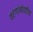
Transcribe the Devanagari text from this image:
तरंगांभोवतीचा